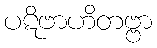
ပဋိဗာဟိတဗ္ဗာ